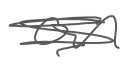
Text: on
Cross-out: scratch
Writing tool: digital_gray